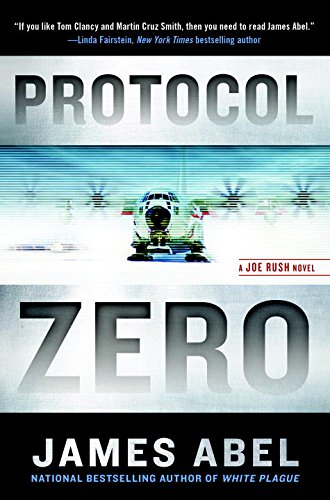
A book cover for Protocol Zero: A Joe Rush Novel; James Abel; Mystery, Thriller & Suspense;